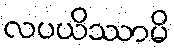
လပယိဿာမိ